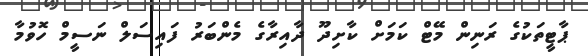
ޕާޓީތަކުގެ ރަނިން މޭޓް ކަމަށް ކާށިދޫ ދާއިރާގެ މެންބަރު ފައިސަލް ނަސީމް ހޮވުމާ